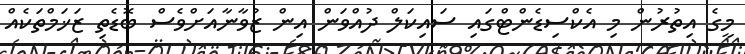
މީގެ އިތުރުން މި އެކްސިޑެންޓްގައި ސައިކަލް ދުއްވަން އިން ޒުވާނާއަށްވެސް ބޮޑެތި ޒަޚަމްތަކެއް